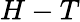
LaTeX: H-T